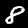
Digit: 8